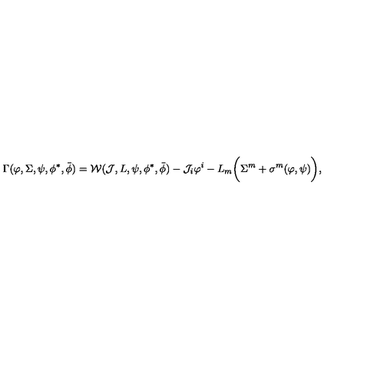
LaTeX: \Gamma ( \varphi , \Sigma , \psi , \phi ^ { * } , \bar { \phi } ) = { \cal W } ( { \cal J } , L , \psi , \phi ^ { * } , \bar { \phi } ) - { \cal J } _ { i } \varphi ^ { i } - L _ { m } \bigg ( \Sigma ^ { m } + \sigma ^ { m } ( \varphi , \psi ) \bigg ) ,